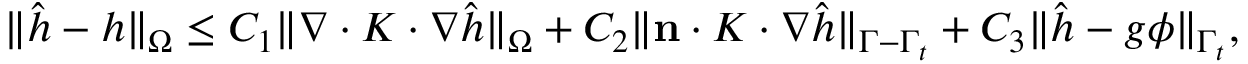
\begin{array} { r } { \| \hat { h } - h \| _ { \Omega } \leq C _ { 1 } \| \nabla \cdot K \cdot \nabla \hat { h } \| _ { \Omega } + C _ { 2 } \| \mathbf { n } \cdot K \cdot \nabla \hat { h } \| _ { \Gamma - \Gamma _ { t } } + C _ { 3 } \| \hat { h } - g \phi \| _ { \Gamma _ { t } } , } \end{array}